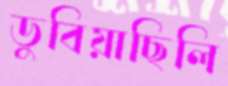
ডুবিয়াছিলি